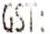
GST: